Trukikaitis_Postimees, lk 89
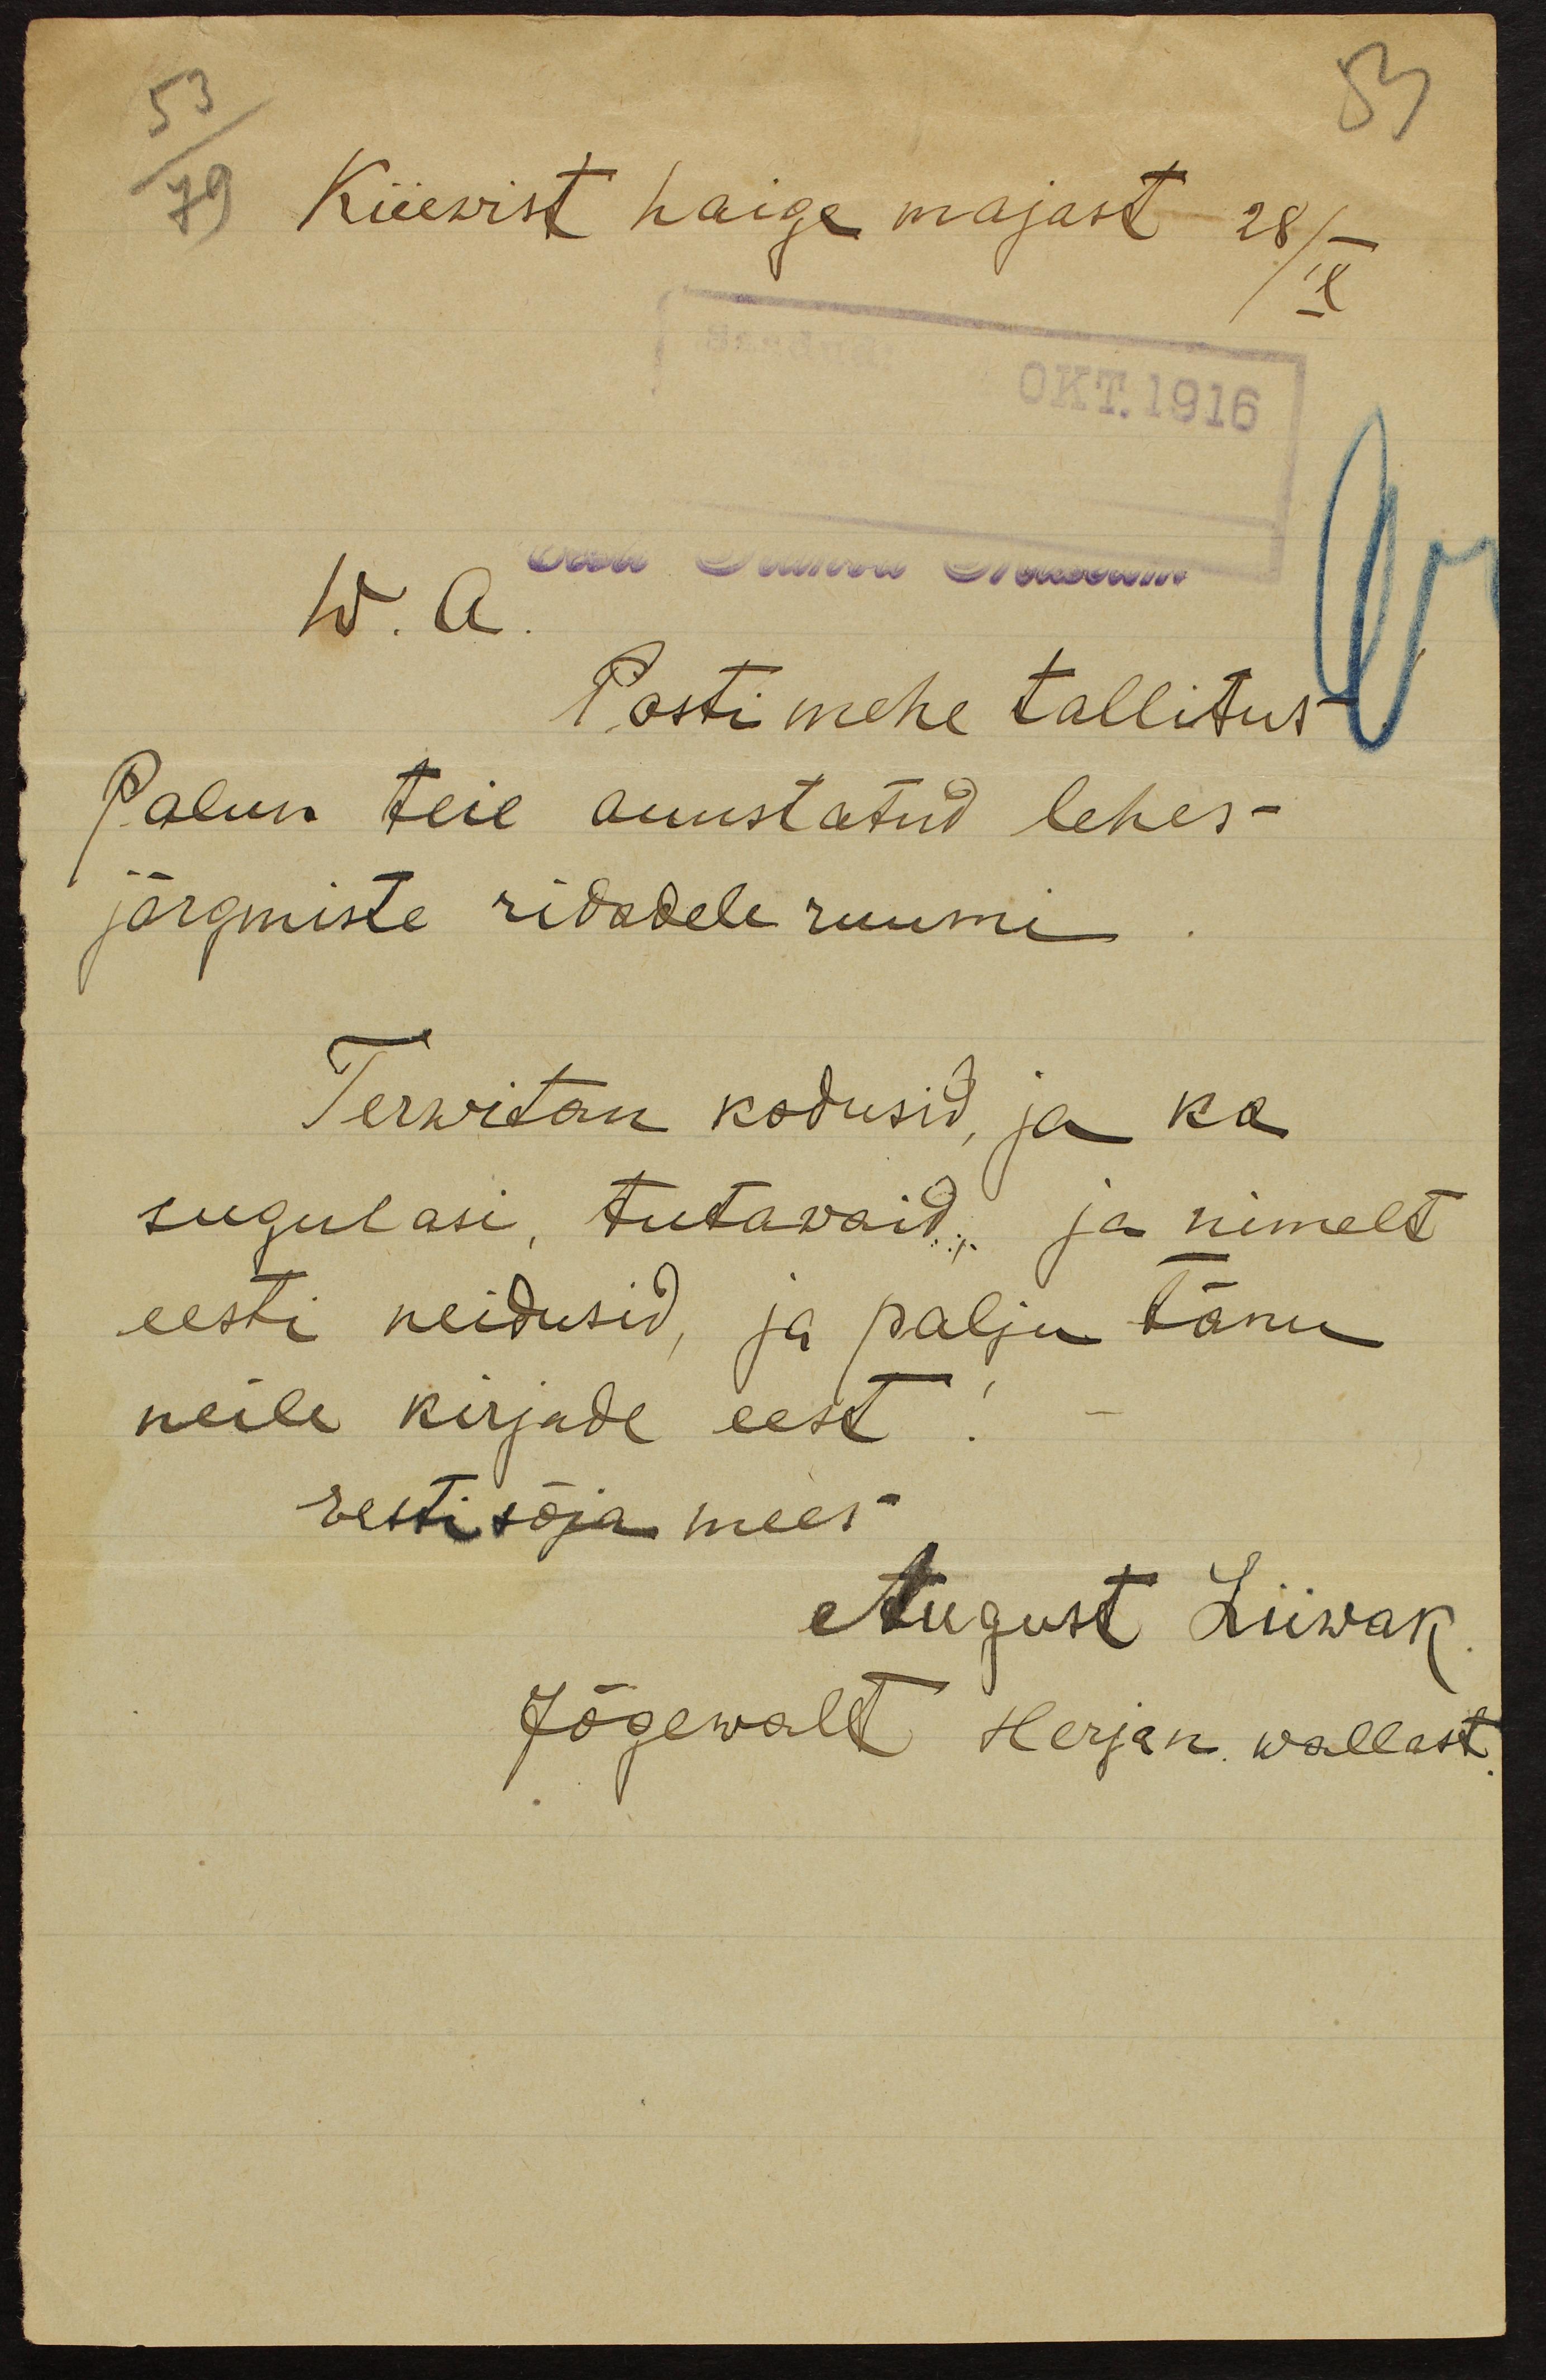
53

53
79
Kiiewist haige majast 28/IX.
Saadud: OKT.1916
w. a.
Eesti Rahva Museum
Posti mehe tallitus
Palun teie auustatud lehes-
järgmiste ridadele ruumi
Terwitan kodusid, ja ka
sugulasi, tutawaid ja nimelt
eesti neidusid, ja palju tänu
neile kirjade eest
Eesti sõja mees
August Liiwak
Jõgewalt Herjan wallast